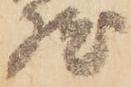
然